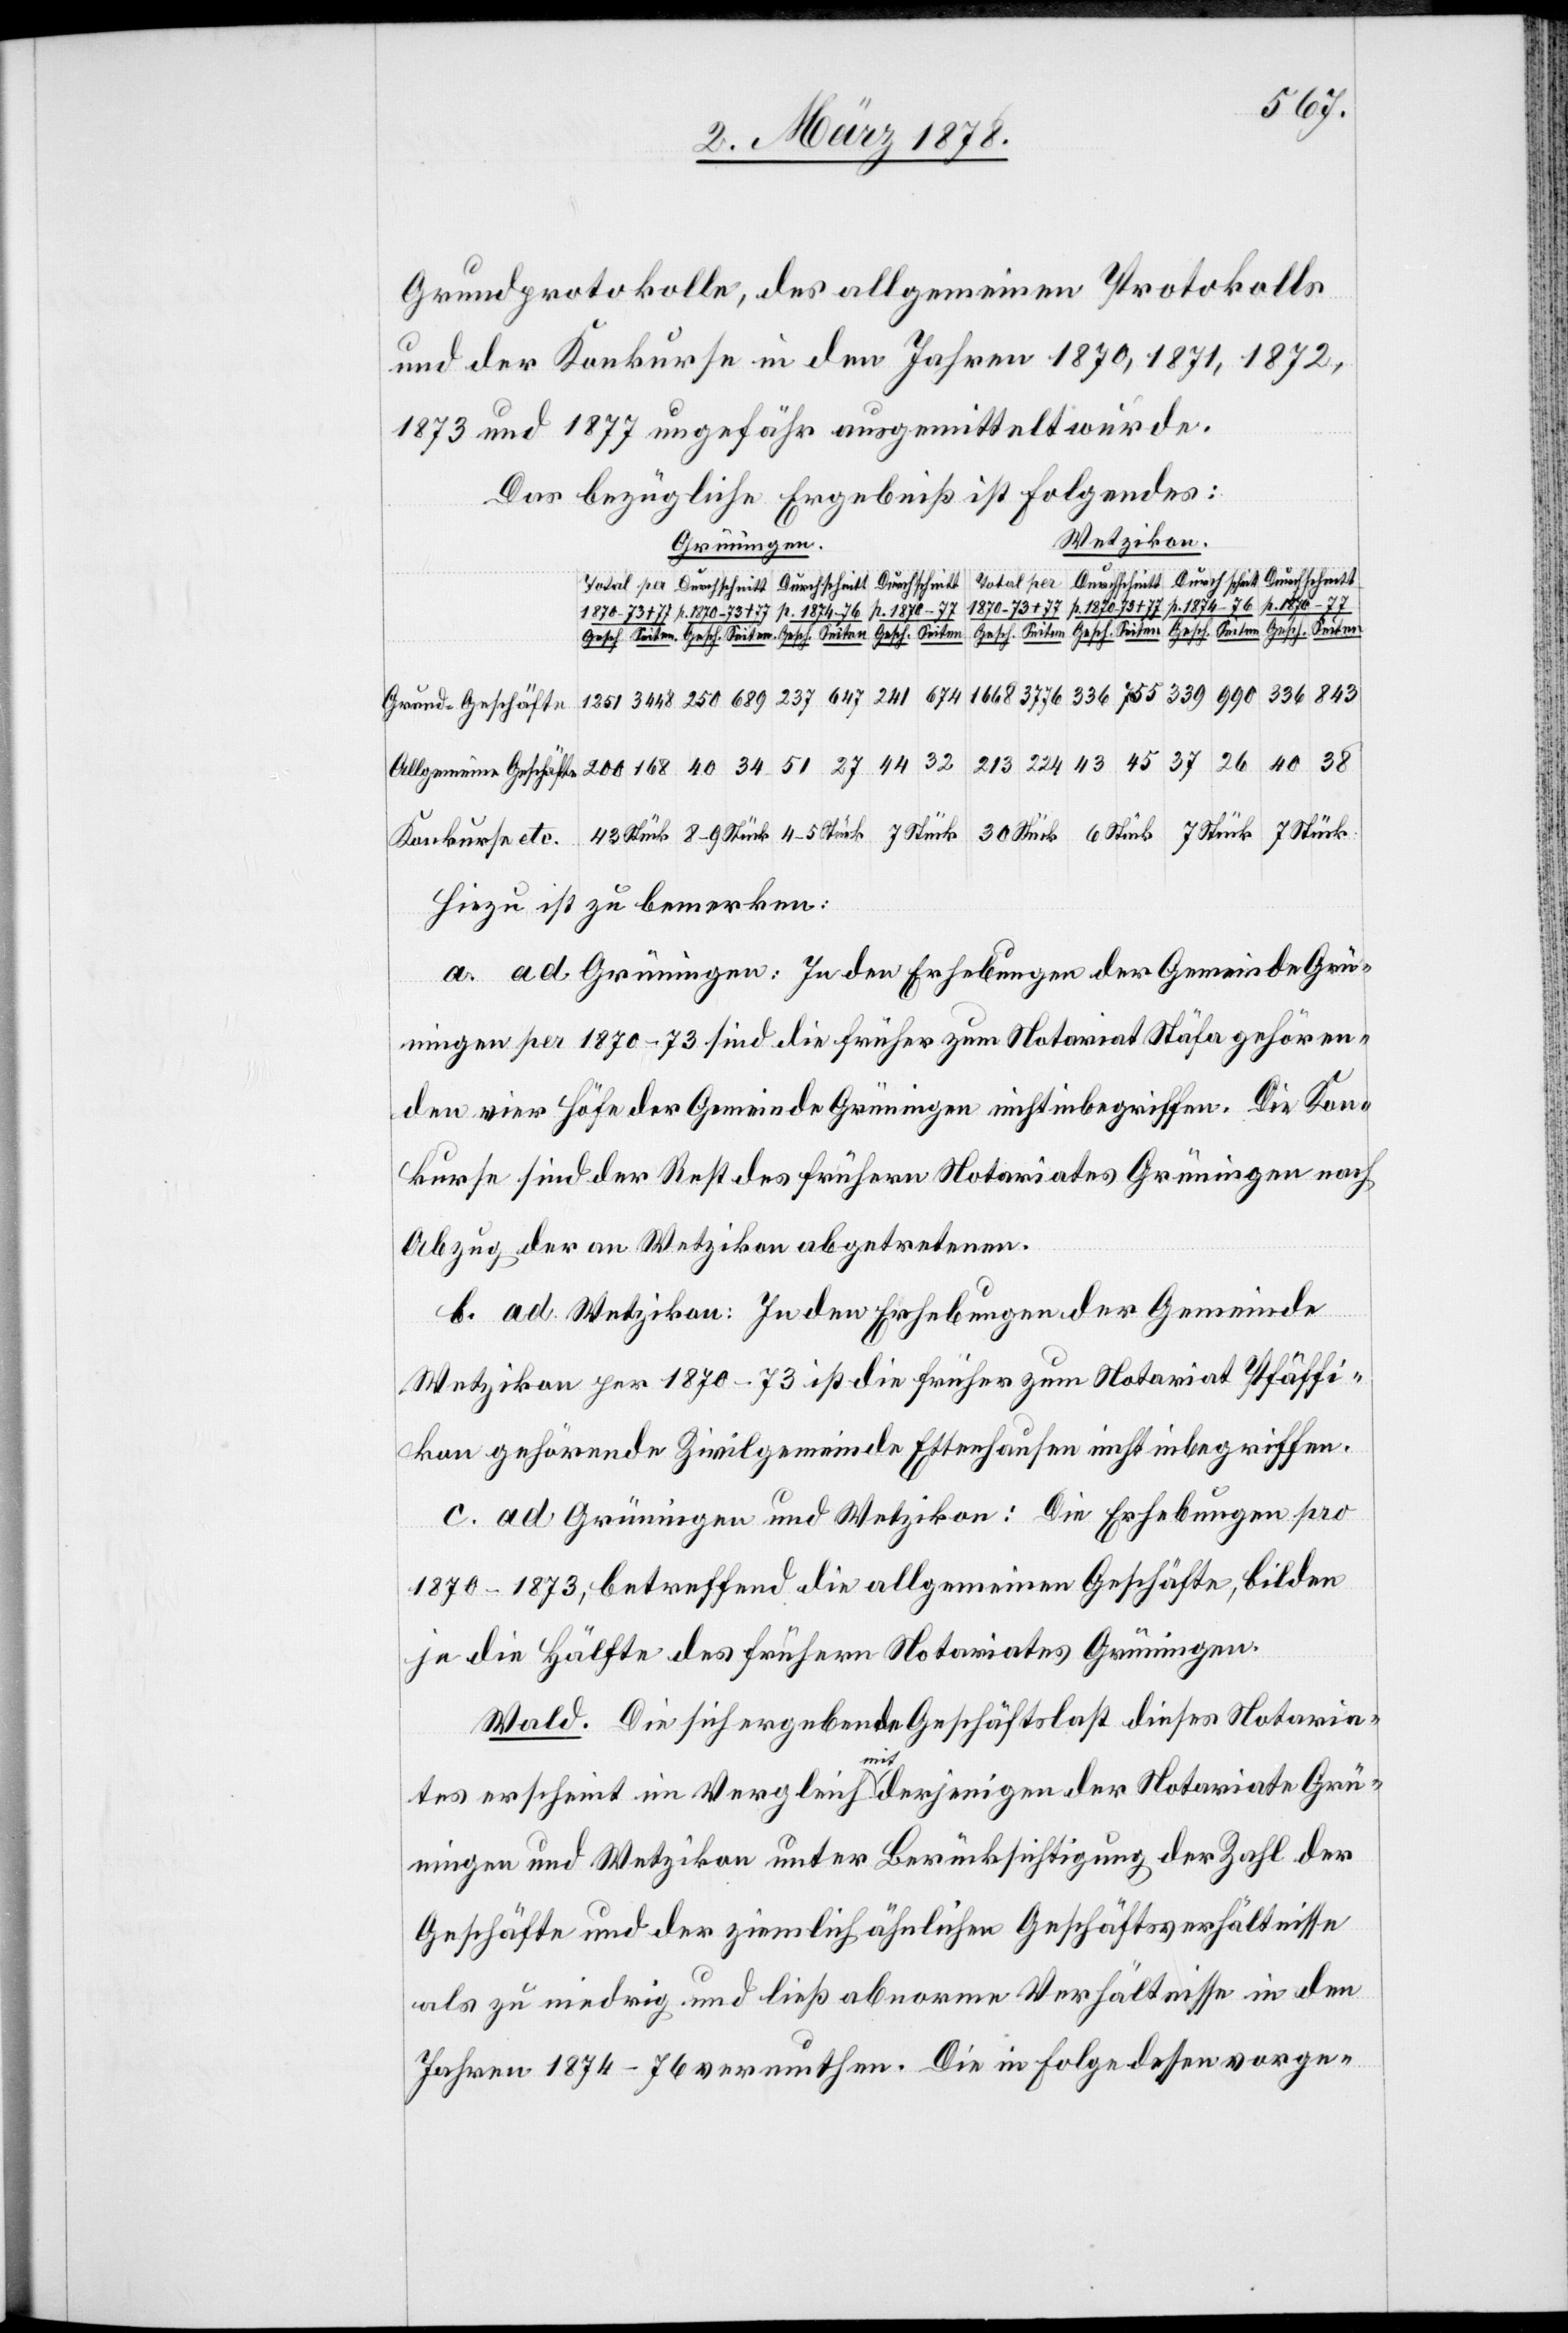
Grundprotokolle, des allgemeinen Protokolls
und der Konkurse in den Jahren 1870, 1871, 1872,
1873 und 1877 ungefähr ausgemittelt wurde.
Das bezügliche Ergebniß ist folgendes:
Wetzikon.
Grüningen.
Grund-Geschäfte
Hiezu ist zu bemerken:
a. ad Grüningen: In den Erhebungen der Gemeinde Grü¬
ningen per 1870–73 sind die früher zum Notariat Stäfa gehören¬
den vier Höfe der Gemeinde Grüningen nicht inbegriffen. Die Kon¬
kurse sind der Rest des frühern Notariates Grüningen nach
Abzug der an Wetzikon abgetretenen.
b. ad Wetzikon: In den Erhebungen der Gemeinde
Wetzikon per 1870–73 ist die früher zum Notariat Pfäffi¬
kon gehörende Zivilgemeinde Ettenhausen nicht inbegriffen.
c. ad Grüningen und Wetzikon: Die Erhebungen pro
1870–1873, betreffend die allgemeinen Geschäfte, bilden
je die Hälfte des frühern Notariates Grüningen.
Wald. Die sich ergebende Geschäftslast dieses Notaria¬
+
tes erscheint im Vergleich mit derjenigen der Notariate Grü¬
ningen und Wetzikon unter Berücksichtigung der Zahl der
Geschäfte und der zinslich ähnlichen Geschäftsverhältnisse
als zu niedrig und ließ abnorme Verhältnisse in den
Jahren 1874–76 vermuthen. Die Folge dessen vorge-